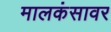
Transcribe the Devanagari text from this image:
मालकंसावर